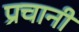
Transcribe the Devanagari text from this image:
प्रचानी